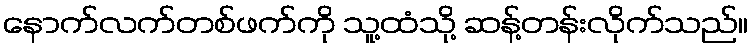
နောက်လက်တစ်ဖက်ကို သူ့ထံသို့ ဆန့်တန်းလိုက်သည်။